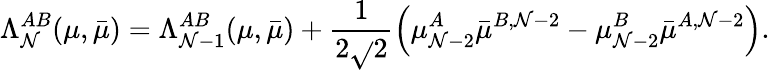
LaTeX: \Lambda_{\mathcal{N}}^{AB}(\mu,\bar{{\mu}})=\Lambda_{\mathcal{N}-1}^{AB}(\mu,\bar{{\mu}})+\frac{{1}}{{2\sqrt{}{{2}}}}\left(\mu_{\mathcal{N}-2}^{A}\bar{{\mu}}^{B,\mathcal{N}-2}-\mu_{\mathcal{N}-2}^{B}\bar{{\mu}}^{A,\mathcal{N}-2}\right).